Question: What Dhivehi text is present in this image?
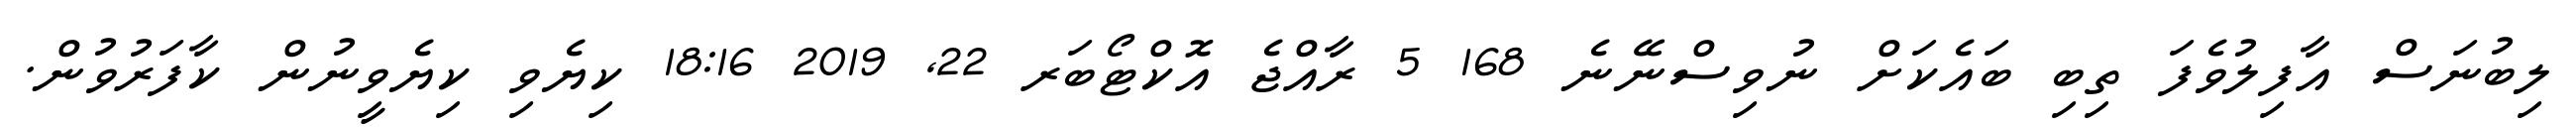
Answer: ލިބުނަސް އާފިލުވެފަ ތިބި ބައެކަށް ނުވިސްނޭނެ 168 5 ރާއްޖެ އޮކްޓޯބަރ 22, 2019 18:16 ކިޔެވި ކިޔެވީނުން ކާފަރުވުން.